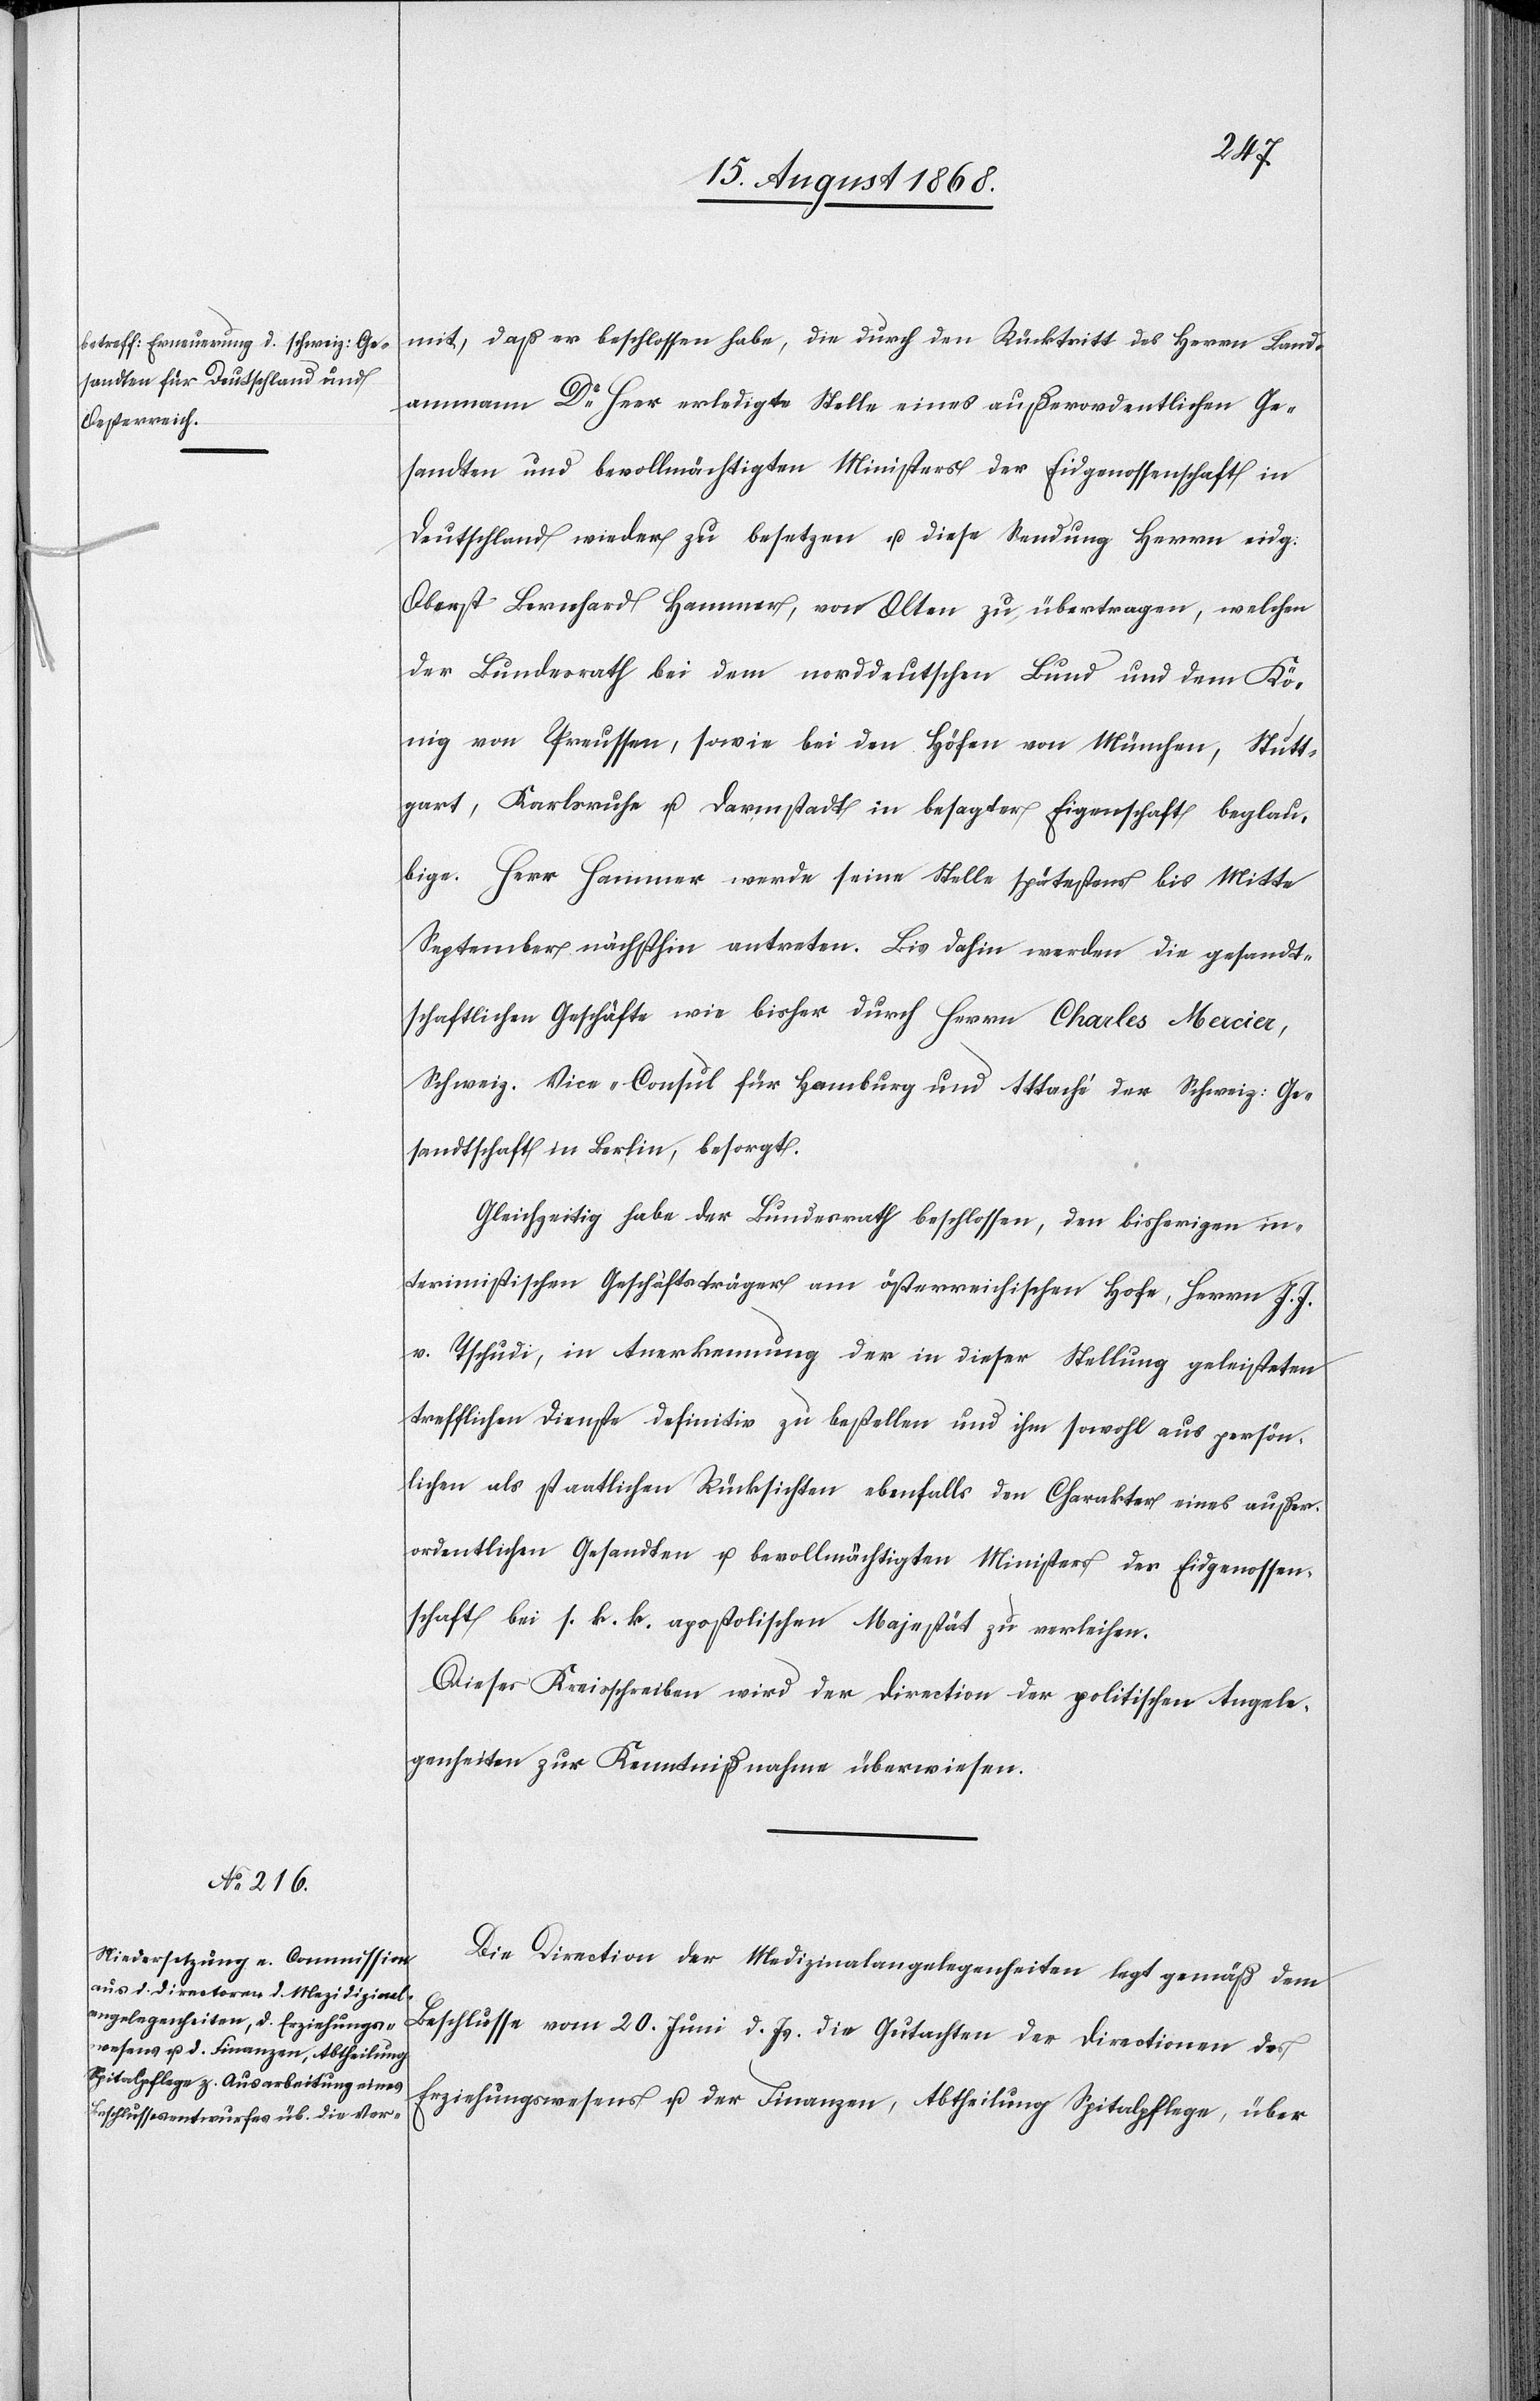
mit, daß er beschlossen habe, die durch den Rücktritt des Herrn Land¬
ammann Dr Heer erledigte Stelle eines außerordentlichen Ge¬
sandten und bevollmächtigten Ministers der Eidgenossenschaft in
Deutschland wieder zu besetzen u. diese Sendung Herrn eidg:
Oberst Bernhard Hammer, von Olten zu übertragen, welchen
der Bundesrath bei dem norddeutschen Bund und dem Kö¬
nig von Preussen, sowie bei den Höfen von München, Stutt¬
gart, Karlsruhe u. Darmstadt in besagter Eigenschaft beglau¬
bige. Herr Hammer werde seine Stelle spätestens bis Mitte
September nächsthin antreten. Bis dahin werden die gesandt¬
schaftlichen Geschäfte wie bisher durch Herrn Charles Mercier,
Schweiz. Vice-Consul für Hamburg und Attaché der Schweiz: Ge¬
sandtschaft in Berlin, besorgt.
Gleichzeitig habe der Bundesrath beschlossen, den bisherigen in¬
terimistischen Geschäftsträger am österreichischen Hofe, Herrn J. J.
v. Tschudi, in Anerkennung der in dieser Stellung geleisteten
trefflichen Dienste definitiv zu bestellen und ihm sowohl aus persön¬
lichen als staatlichen Rücksichten ebenfalls den Charakter eines außer¬
ordentlichen Gesandten u. bevollmächtigten Ministers der Eidgenossen¬
schaft bei s. k. k. apostolischen Majestät zu verleihen.
Dieses Kreisschreiben wird der Direction der politischen Angele¬
genheiten zur Kenntnißnahme überwiesen.
Die Direction der Medizinalangelegenheiten legt gemäß dem
Beschlusse vom 20. Juni d. Js. die Gutachten der Directionen des
Erziehungswesens u. der Finanzen, Abtheilung Spitalpflege, über